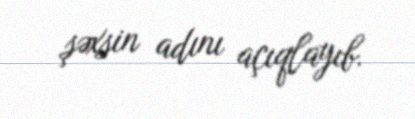
şəxsin adını açıqlayıb.